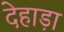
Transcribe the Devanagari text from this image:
देहाड़ा